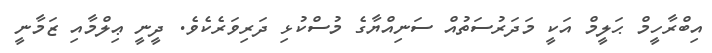
އިބްރާހީމް ޙަލީމް އަކީ މަދަރުސަތުއް ސަނިއްޔާގެ މުސްކުޅި ދަރިވަރެކެވެ. ދީނީ ޢިލްމާއި ޒަމާނީ